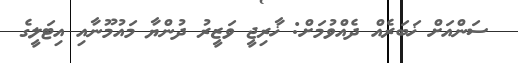
ސަންއަށް ޚަބަރެއް ދެއްވުމަށް: ޚާރިޖީ ވަޒީރު ދުންޔާ މައުމޫނާއި އިޓަލީގެ